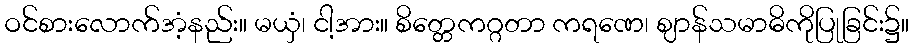
ဝင်စားလောက်အံ့နည်း။ မယှံ၊ ငါ့အား။ စိတ္တေကဂ္ဂတာ ကရဏေ၊ ဈာန်သမာဓိကိုပြုခြင်း၌။